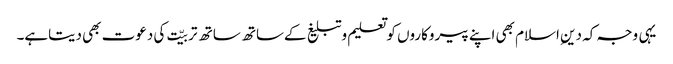
یہی وجہ کہ دینِ اسلام بھی اپنے پیروکاروں کوتعلیم وتبلیغ کےساتھ ساتھ تربیّت کی دعوت بھی دیتاہے۔